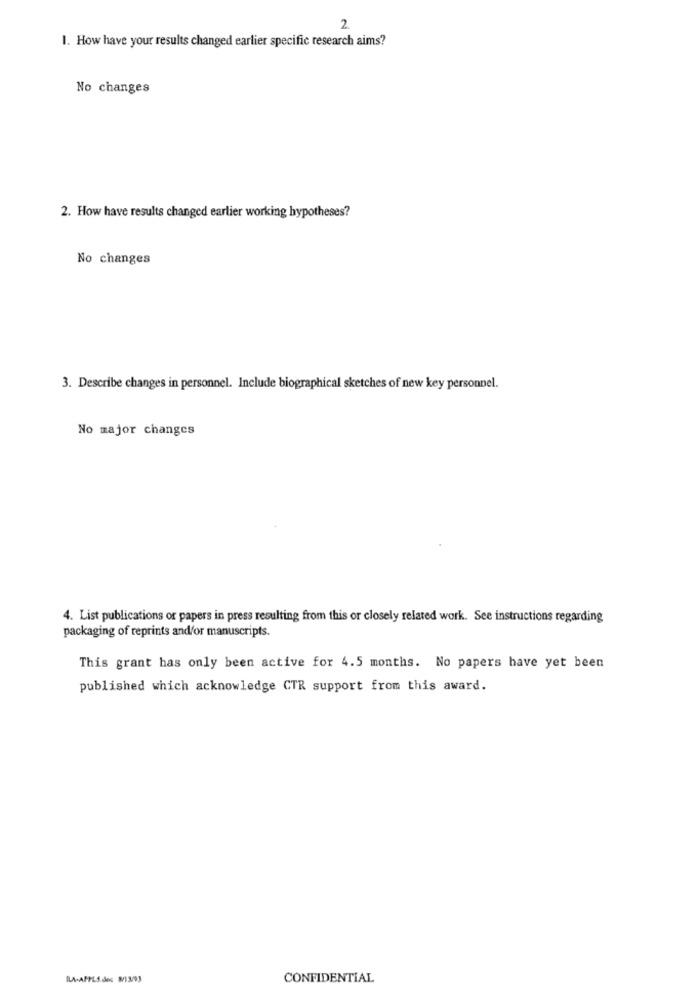
2.
1. How have your results changed earlier specific research aims?
No changes
2. How have results changed earlier working hypotheses?
No changes
3. Describe changes in personnel. Include biographical sketches of new key personnel.
No major changes
4. List publications or papers in press resulting from this or closely related work. See instructions regarding
packaging of reprints and/or manuscripts.
This grant has only been active for 4.5 months. No papers have yet been
published which acknowledge CTR support from this award.
RLA-APPLS des 8/13/93
CONFIDENTIAL